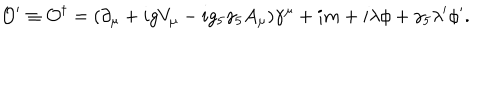
{ \cal O } ^ { \prime } \equiv { \cal O } ^ { \dagger } = ( \partial _ { \mu } + i g V _ { \mu } - i g _ { 5 } \gamma _ { 5 } A _ { \mu } ) \gamma ^ { \mu } + i m + i \lambda \phi + \gamma _ { 5 } \lambda ^ { \prime } \phi ^ { \prime } .